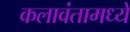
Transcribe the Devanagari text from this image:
कलावंतामध्ये